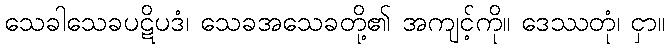
သေခါသေခပဋိပဒံ၊ သေခအသေခတို့၏ အကျင့်ကို။ ဒေဿတုံ၊ ငှာ။